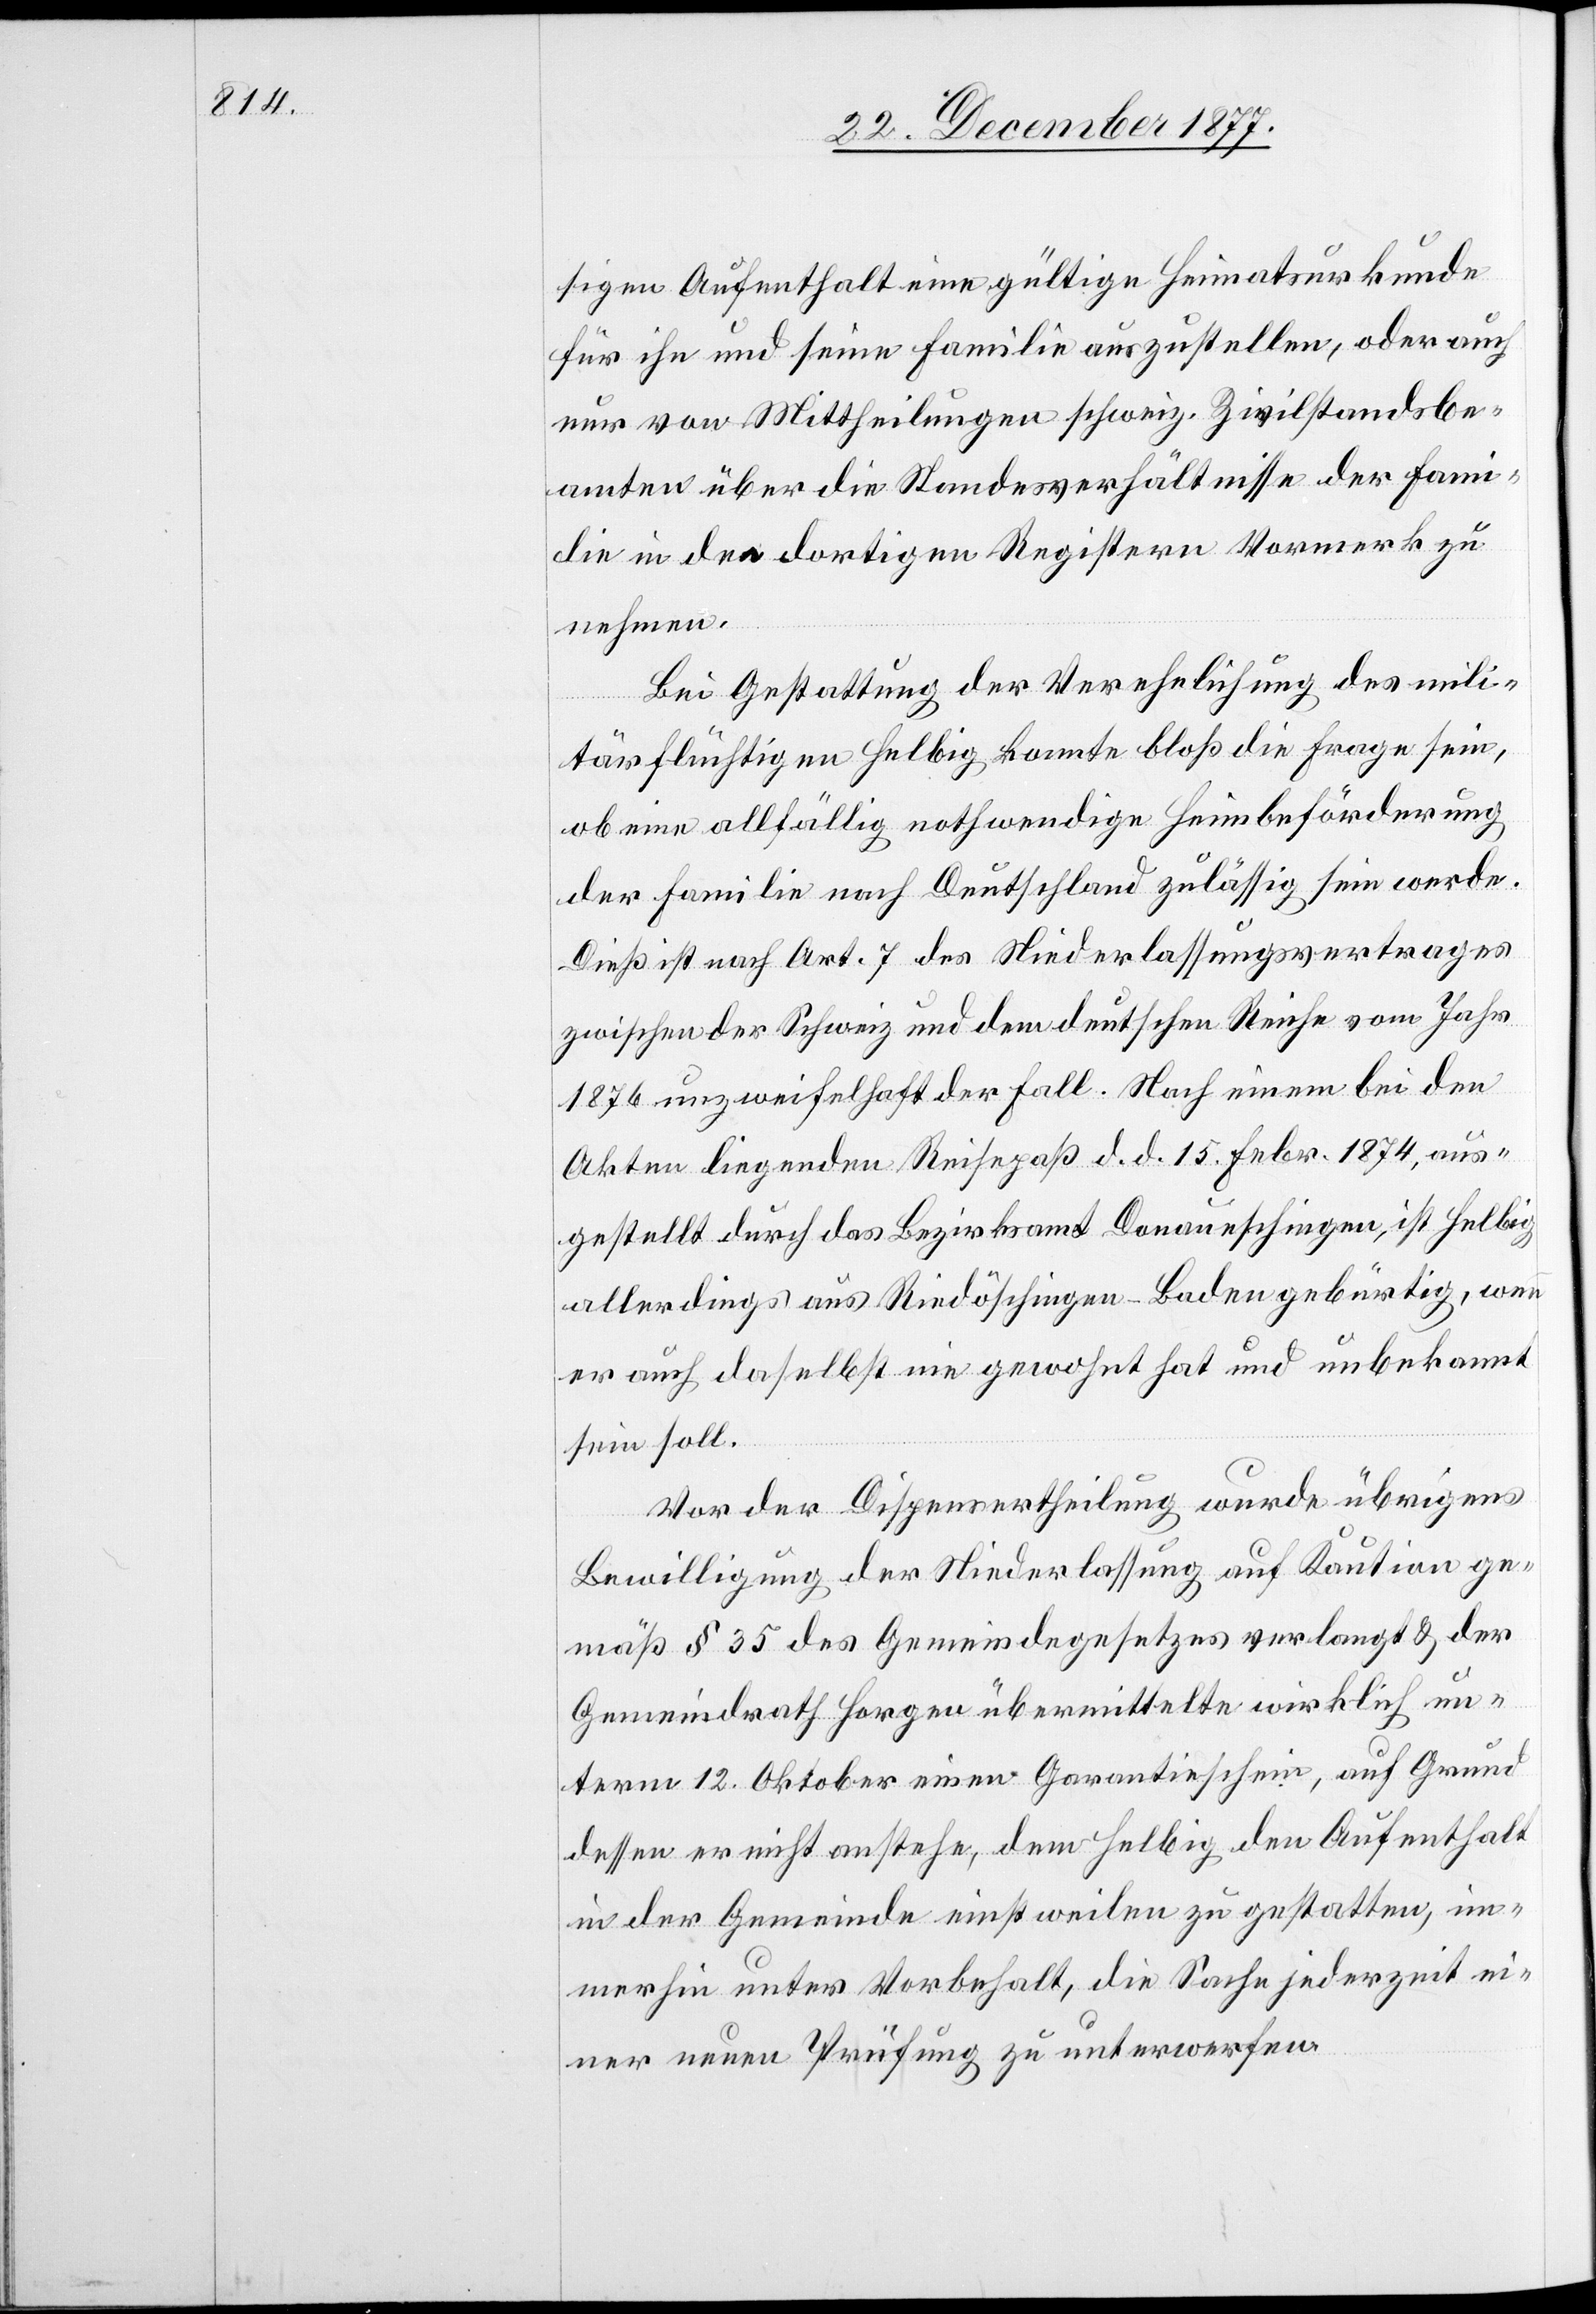
sigen Aufenthalt eine gültige Heimatsurkunde
für ihn und seine Familie auszustellen, oder auch
nur von Mittheilungen schweiz. Zivilstandsbe¬
amten über die Standesverhältnisse der Fami¬
lie in den dortigen Registern Vormerk zu
nehmen.
Bei Gestattung der Verehelichung des mili¬
tärflüchtigen Helbig konnte bloß die Frage sein,
ob eine allfällig nothwendige Heimbeförderung
der Familie nach Deutschland zulässig sein werde.
Dieß ist nach Art. 7 des Niederlassungsvertrages
zwischen der Schweiz und dem deutschen Reiche vom Jahr
1876 unzweifelhaft der Fall. Nach einem bei den
Akten liegenden Reisepaß d. d. 15. Febr. 1874, aus¬
gestellt durch das Bezirksamt Donaueschingen, ist Helbig
allerdings aus Riedöschingen - Baden gebürtig, wenn
er auch daselbst nie gewohnt hat und unbekannt
sein soll.
Vor der Dispensertheilung wurde übrigens
Bewilligung der Niederlassung auf Kaution ge¬
mäß § 35 des Gemeindegesetzes verlangt & der
Gemeindrath Horgen übermittelte wirklich un¬
term 12. Oktober einen Garantieschein, auf Grund
dessen er nicht anstehe, dem Helbig den Aufenthalt
in der Gemeinde einstweilen zu gestatten, im¬
merhin unter Vorbehalt, die Sache jederzeit ei¬
ner neuen Prüfung zu unterwerfen.